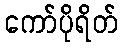
ကော်ပိုရိတ်